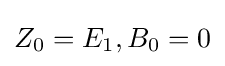
Z_{0}=E_{1},B_{0}=0